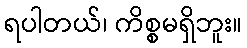
ရပါတယ်၊ ကိစ္စမရှိဘူး။